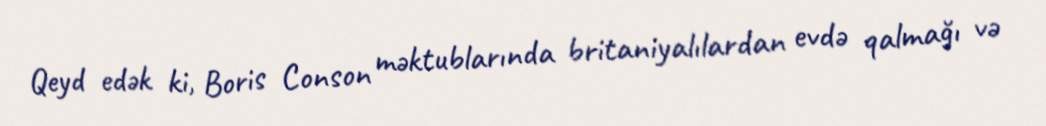
Qeyd edək ki, Boris Conson məktublarında britaniyalılardan evdə qalmağı və